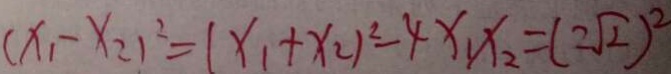
( x _ { 1 } - x _ { 2 } ) ^ { 2 } = ( x _ { 1 } + x _ { 2 } ) ^ { 2 } - 4 x _ { 1 } x _ { 2 } = ( 2 \sqrt { 2 } ) ^ { 2 }